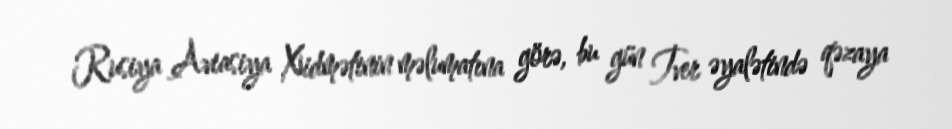
Rusiya Aviasiya Xidmətinin məlumatına görə, bu gün Tver əyalətində qəzaya